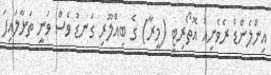
އިންލެންޑް ރެވެނިއު އޮތޯރިޓީ (މީރާ) ގެ ބިއްލޫރި ގަނޑު ވެސް ވަނީ ތަޅާލައިފަ